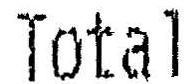
TOTAL